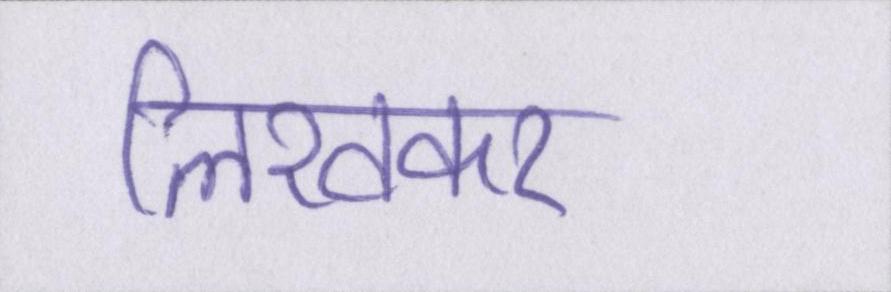
लिखकर